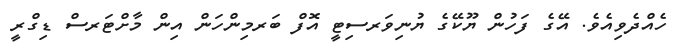
ހެއްދެވިއެވެ. އޭގެ ފަހުން ޔޫކޭގެ ޔުނިވަރސިޓީ އޮފް ބަރމިންހަން އިން މާށްޓަރސް ޑިގްރީ